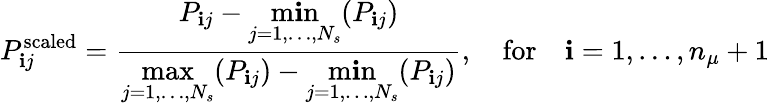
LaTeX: P_{\mathbf{i}j}^{\mathrm{{scaled}}}=\frac{{P_{\mathbf{i}j}-\underset{j=1,\ldots,N_{s}}{\operatorname*{m\mathbf{i}n}}(P_{\mathbf{i}j})}}{{\underset{j=1,\ldots,N_{s}}{\operatorname*{max}}(P_{\mathbf{i}j})-\underset{j=1,\ldots,N_{s}}{\operatorname*{m\mathbf{i}n}}(P_{\mathbf{i}j})}},\quad\mathrm{{for}}\quad\mathbf{i}=1,\ldots,n_{\mu}+1